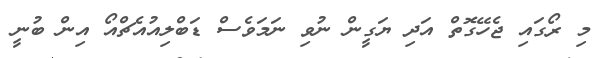
މި ރޯގައި ޖެހޭގޮތް އަދި ޔަގީން ނުވި ނަމަވެސް ޑަބްލިއުއެޗްއޯ އިން ބުނީ